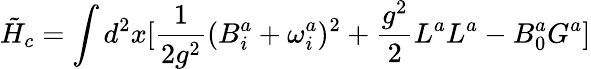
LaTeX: \tilde{H}_{c}=\int d^{2}x[\frac{1}{2g^{2}}(B_{i}^{a}+\omega_{i}^{a})^{2}+\frac{g^{2}}{2}L^{a}L^{a}-B_{0}^{a}G^{a}]